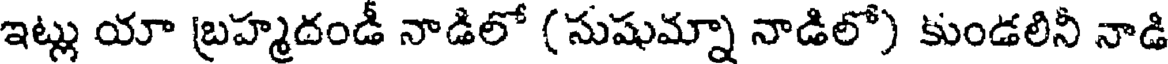
ఇట్లు యా బ్రహ్మదండీ నాడిలో (సుషుమ్నా నాడిలో) కుండలినీ నాడి